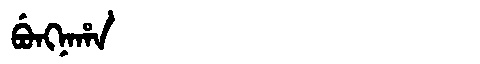
Manchu: ᠪᡠᠩᠨᠠᡥᠠ
Romanization: BUNGNAHA